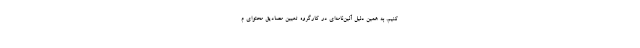
کنیم. به‌ همین دلیل آئین‌نامه‌ای در کارگروه تعیین مصادیق محتوای م